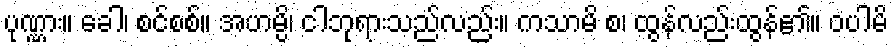
ပုဏ္ဏား။ ခေါ၊ စင်စစ်။ အဟမ္ပိ၊ ငါဘုရားသည်လည်း။ ကသာမိ စ၊ ထွန်လည်းထွန်၏။ ဝပါမိ